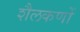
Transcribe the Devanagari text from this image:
शैलकणों